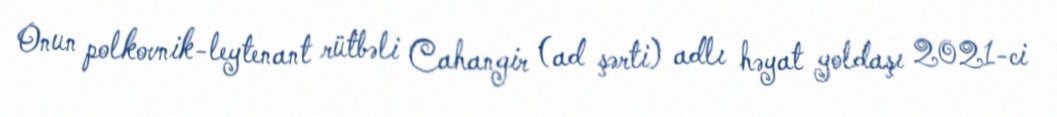
Onun polkovnik-leytenant rütbəli Cahangir (ad şərti) adlı həyat yoldaşı 2021-ci